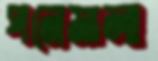
পনেমালা